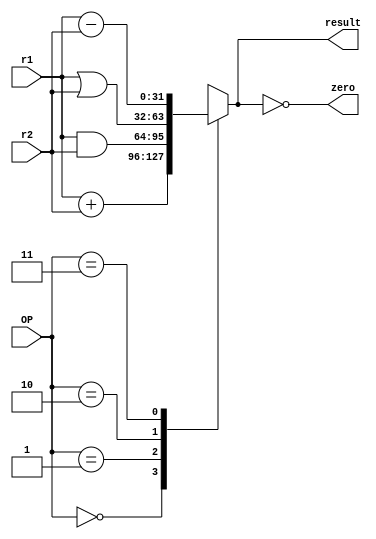
module ALU (
	input [31:0] r1,
	input [31:0] r2,
	input [1:0] OP,
	output [31:0] result,
	output zero
);
	reg [31:0] out;
	
  always @(r1,r2,OP) begin
		case(OP)
			2'b00: out = r1 + r2; //ADD, LW,SW
			2'b01: out = r1 & r2; //AND 
			2'b10: out = r1 | r2; //OR
			2'b11: out = r1 - r2; //SUB, BEq
			default: out = 0;
		endcase
	end
	assign zero = (result==0);
	assign result = out;
endmodule